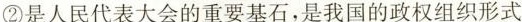
②是人民代表大会的重要基石，是我国的政权组织形式